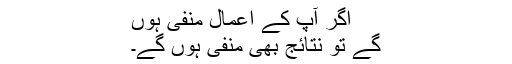
اگر آپ کے اعمال منفی ہوں
گے تو نتائج بھی منفی ہوں گے۔